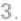
3.